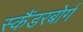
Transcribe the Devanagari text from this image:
स्कैंडरबोर्ग